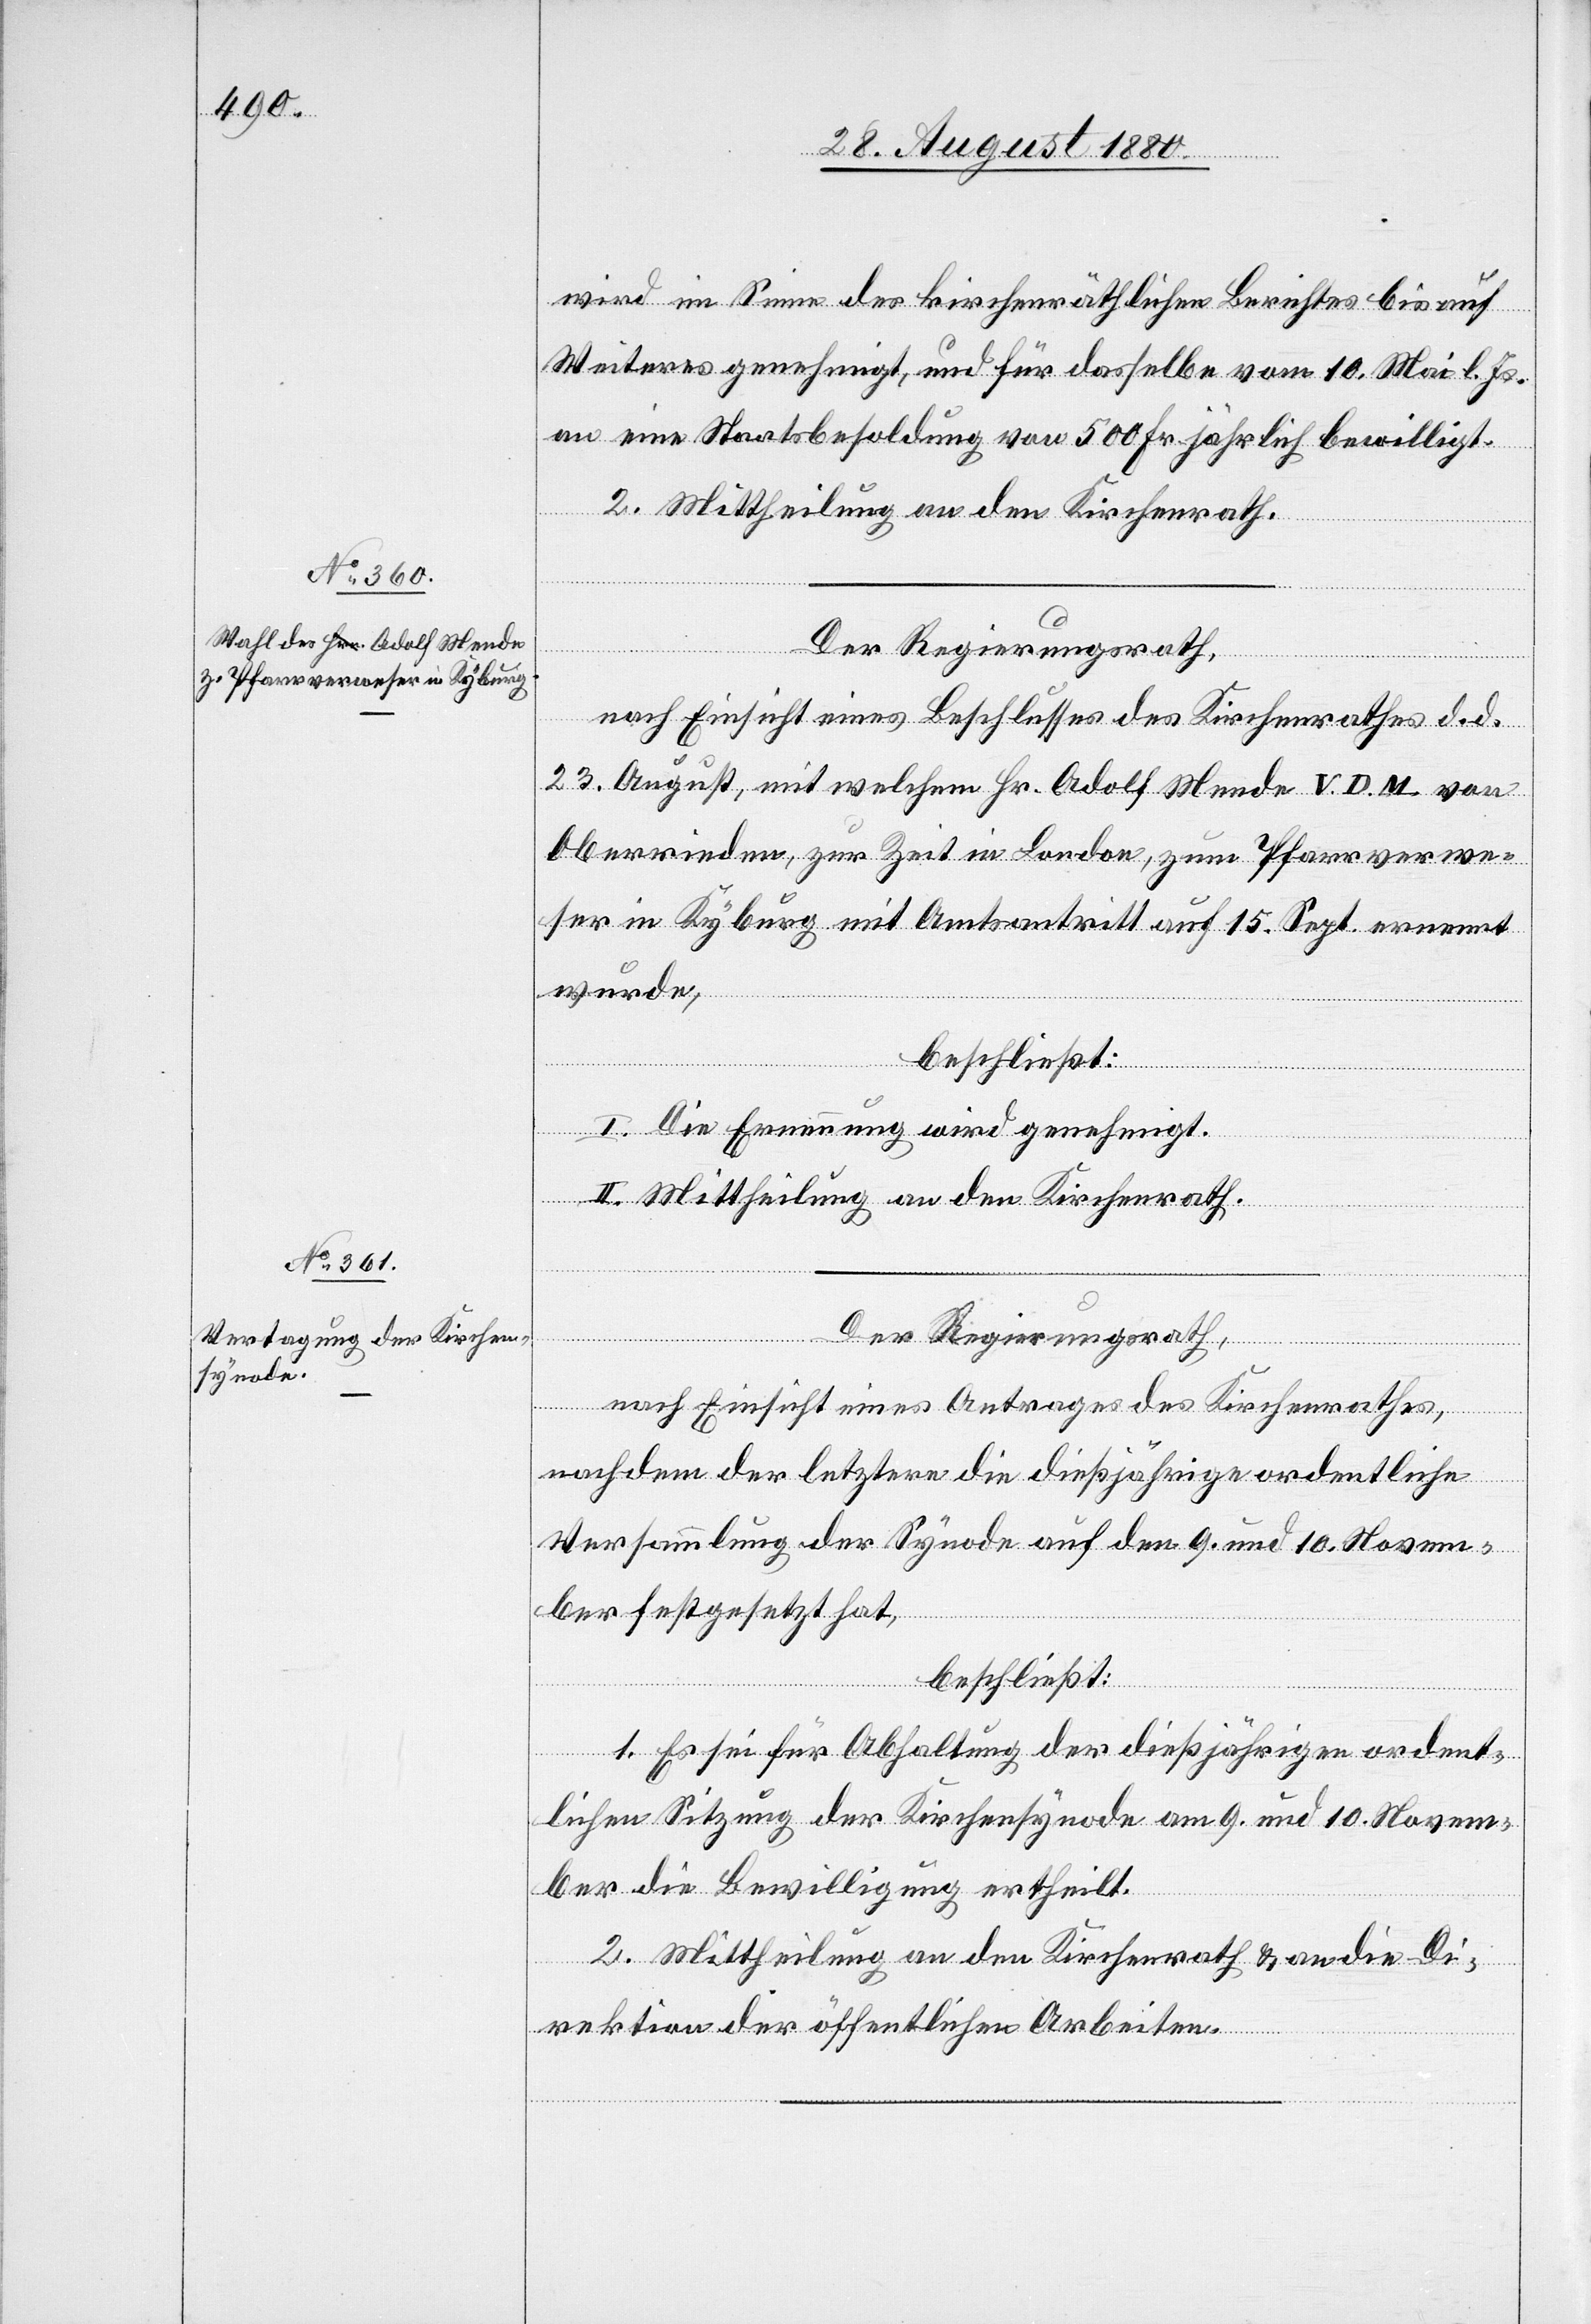
wird im Sinne des kirchenräthlichen Berichtes bis auf
Weiteres genehmigt, und für dasselbe vom 10. Mai l. Js.
an eine Staatsbesoldung von 500 Fr. jährlich bewilligt.
2. Mittheilung an den Kirchenrath.
Der Regierungsrath,
nach Einsicht eines Beschlusses des Kirchenrathes d. d.
23. August, mit welchem Hr. Adolf Mende V. D. M. von
Oberrieden, zur Zeit in London, zum Pfarrverwe¬
ser in Kyburg mit Amtsantritt auf 15. Sept. ernannt
wurde;
beschließt:
I. Die Ernennung wird genehmigt.
II. Mittheilung an den Kirchenrath.
Der Regierungsrath,
nach Einsicht eines Antrages des Kirchenrathes,
nachdem der letztere die dießjährige ordentliche
Versammlung der Synode auf den 9. und 10. Novem¬
ber festgesetzt hat,
beschließt:
1. Es sei für Abhaltung der dießjährigen ordent¬
lichen Sitzung der Kirchensynode am 9. und 10. Novem¬
ber die Bewilligung ertheilt.
2. Mittheilung an den Kirchenrath & an die Di¬
rektion der öffentlichen Arbeiten.